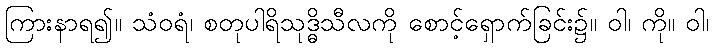
ကြားနာရ၍။ သံဝရံ၊ စတုပါရိသုဒ္ဓိသီလကို စောင့်ရှောက်ခြင်း၌။ ဝါ၊ ကို။ ဝါ၊